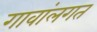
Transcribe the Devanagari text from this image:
गावांलगत